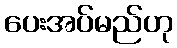
ပေးအပ်မည်ဟု